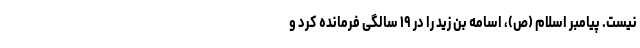
نیست. پیامبر اسلام (ص)، اسامه بن زید را در ۱۹ سالگی فرمانده کرد و